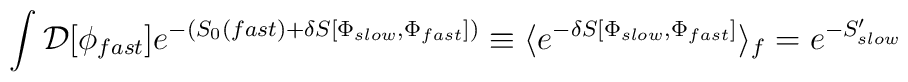
\int {\cal D}[\phi_{fast}]e^{-(S_0(fast) + \delta S [\Phi_{slow},\Phi_{fast}])} \equiv \langle e^{- \delta S[\Phi_{slow}, \Phi_{fast}]}\rangle_f = e^{-S'_{slow}}